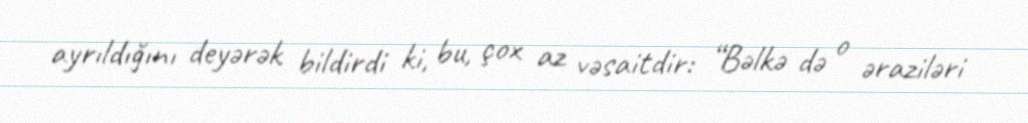
ayrıldığını deyərək bildirdi ki, bu, çox az vəsaitdir: “Bəlkə də o əraziləri